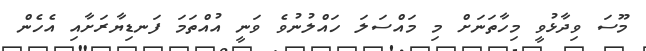
މޫސަ ވިދާޅުވީ މިހާތަނަށް މި މައްސަލަ ހައްލުނުވެ ވަނީ އުއްތަމަ ފަނޑިޔާރަށާއި އެހެން